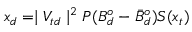
x _ { d } = \mid V _ { t d } \mid ^ { 2 } P ( B _ { d } ^ { o } - \bar { B } _ { d } ^ { o } ) S ( x _ { t } )